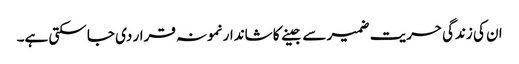
ان کی زندگی حریت ضمیر سے جینے کا شاندار نمونہ قرار دی جا سکتی ہے۔